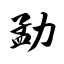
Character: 勐